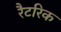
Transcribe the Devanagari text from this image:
रैटरिक